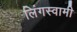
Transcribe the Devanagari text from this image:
लिंगस्वामी